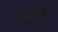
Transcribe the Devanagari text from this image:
मुरादबक्ष